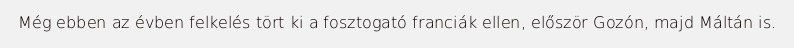
Még ebben az évben felkelés tört ki a fosztogató franciák ellen, először Gozón, majd Máltán is.